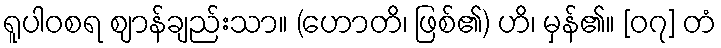
ရူပါဝစရ ဈာန်ချည်းသာ။ (ဟောတိ၊ ဖြစ်၏) ဟိ၊ မှန်၏။ [၀၇] တံ